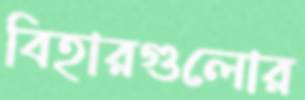
বিহারগুলোর